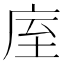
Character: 庢